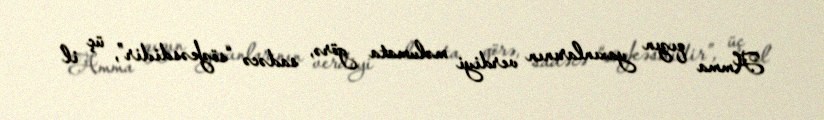
Amma qızın yaxınlarının verdiyi məlumata görə, sadəcə “sözkəsdidir”, üç il